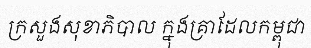
ក្រសួងសុខាភិបាល ក្នុងគ្រាដែលកម្ពុជា